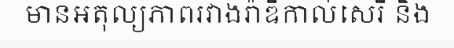
មានអតុល្យភាពរវាងរ៉ាឌីកាល់សេរី និង